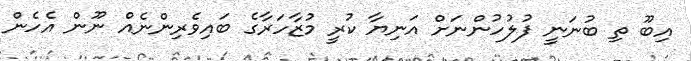
އިބޫ ތި ބުނަނީ ފުލުހުންނަށް އަނިޔާ ކުރީ މުޒާހަރާގެ ބައިވެރިންނެއް ނޫން އެހެން